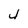
Character: 4